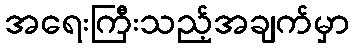
အရေးကြီးသည့်အချက်မှာ